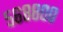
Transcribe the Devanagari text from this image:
५६८८००